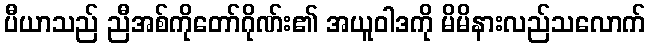
ပီယာသည် ညီအစ်ကိုတော်ဂိုဏ်း၏ အယူဝါဒကို မိမိနားလည်သလောက်